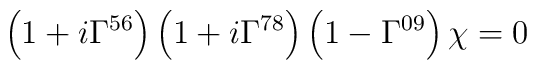
\left(1+i\Gamma^{56}\right)\left(1+i\Gamma^{78}\right)\left(1-\Gamma^{09}\right)\chi=0